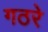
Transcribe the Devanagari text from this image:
गठरे